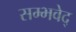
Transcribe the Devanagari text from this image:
सम्भवेद्